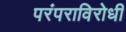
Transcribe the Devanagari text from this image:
परंपराविरोधी